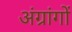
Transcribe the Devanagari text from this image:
अंग्रांगों